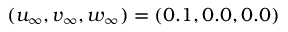
( u _ { \infty } , v _ { \infty } , w _ { \infty } ) = ( 0 . 1 , 0 . 0 , 0 . 0 )